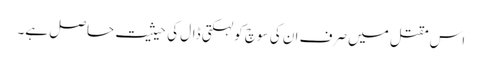
اس مقتل میں صرف ان کی سوچ کو لہکتی ڈال کی حیثیت حاصل ہے۔